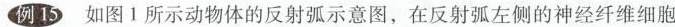
例15 如图 1 所示动物体的反射弧示意图，在反射弧左侧的神经纤维细胞